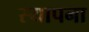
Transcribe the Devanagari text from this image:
स्यापना